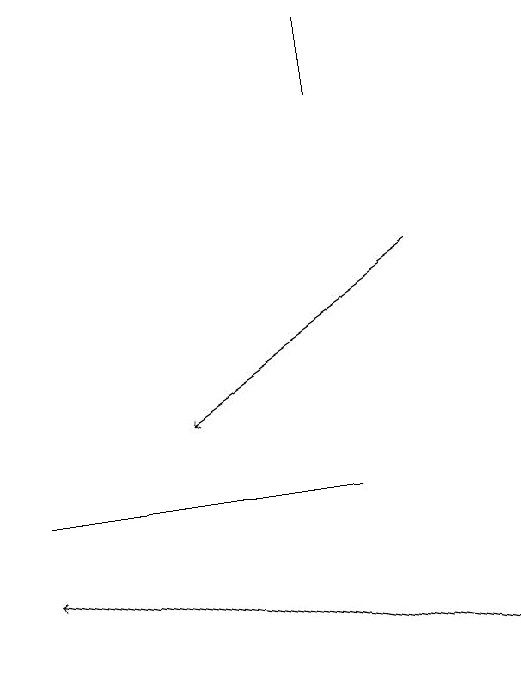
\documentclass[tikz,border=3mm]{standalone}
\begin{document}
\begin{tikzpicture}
\draw (5,18) rectangle (5,19);
\draw[->] (6,16) -- (3,14);
\draw[->] (7,11) -- (1,12);
\draw (5,13) rectangle (1,13);
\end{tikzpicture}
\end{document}